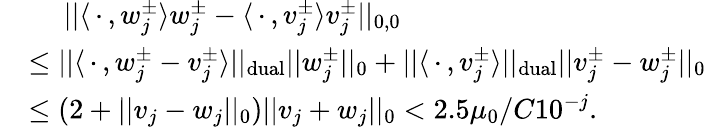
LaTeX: \begin{array}{rl}&{\quad\ ||\langle\, \cdot\, ,w_{j}^{\pm}\rangle w_{j}^{\pm}-\langle\, \cdot\, ,v_{j}^{\pm}\rangle v_{j}^{\pm}||_{0,0}}\\ &{\leq||\langle\, \cdot\, ,w_{j}^{\pm}-v_{j}^{\pm}\rangle||_{\mathrm{dual}}||w_{j}^{\pm}||_{0}+||\langle\, \cdot\, ,v_{j}^{\pm}\rangle||_{\mathrm{dual}}||v_{j}^{\pm}-w_{j}^{\pm}||_{0}}\\ &{\leq\left(2+||v_{j}-w_{j}||_{0}\right)||v_{j}+w_{j}||_{0}<2.5\mu_{0}/C10^{-j}.}\end{array}